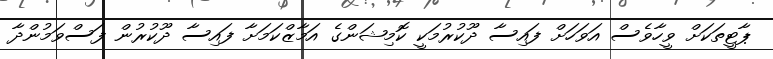
ޕާޓީތަކަށް ވީހާވެސް އަވަހަށް ފައިސާ ދޫކުރުމަކީ ކޮމިޝަންގެ އަމާޒްކަމަށާ ފައިސާ ދޫކުރުން ފަސްވަމުންދާ